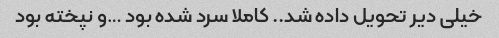
خیلی دیر تحویل داده شد.. کاملا سرد شده بود …و نپخته بود